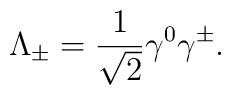
\Lambda_{\pm}=\frac{1}{\sqrt{2}}\gamma^{0}\gamma^{\pm}.